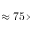
\approx 7 5 \times